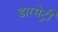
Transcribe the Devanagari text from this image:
डारमेट्री